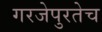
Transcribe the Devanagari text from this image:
गरजेपुरतेच